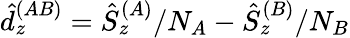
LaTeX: \hat{d}_{z}^{(AB)}=\hat{S}_{z}^{(A)}/N_{A}-\hat{S}_{z}^{(B)}/N_{B}